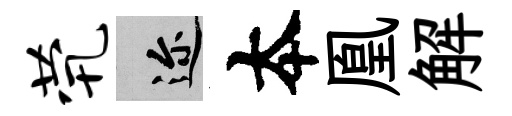
茕邇夲凰解